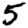
Digit: 5